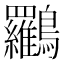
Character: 𪈰